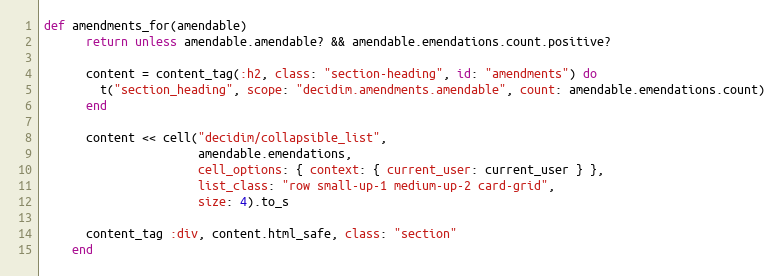
Language: Ruby
def amendments_for(amendable)
      return unless amendable.amendable? && amendable.emendations.count.positive?

      content = content_tag(:h2, class: "section-heading", id: "amendments") do
        t("section_heading", scope: "decidim.amendments.amendable", count: amendable.emendations.count)
      end

      content << cell("decidim/collapsible_list",
                      amendable.emendations,
                      cell_options: { context: { current_user: current_user } },
                      list_class: "row small-up-1 medium-up-2 card-grid",
                      size: 4).to_s

      content_tag :div, content.html_safe, class: "section"
    end